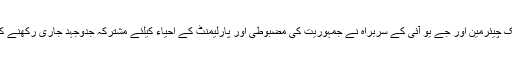
پیپلزپارٹی کے شریک چیئرمین اور جے یو آئی کے سربراہ نے جمہوریت کی مضبوطی اور پارلیمنٹ کے احیاء کیلئے مشترکہ جدوجہد جاری رکھنے کے عزم کا اعادہ کیا۔